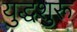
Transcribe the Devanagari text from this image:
युद्धशुरू